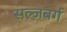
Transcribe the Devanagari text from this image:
सल्ज़बर्ग